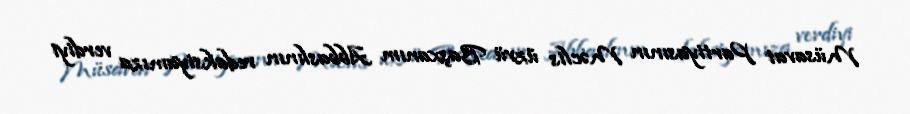
Müsavat Partiyasının Məclis üzvü Başxanım Abbaslının redaksiyamıza verdiyi